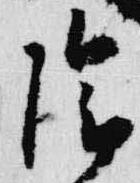
陰